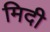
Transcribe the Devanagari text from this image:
मिदी